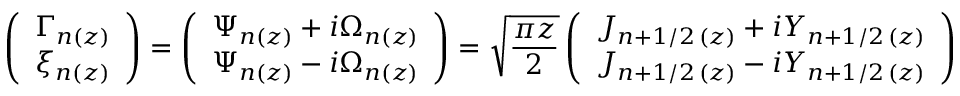
\left( \begin{array} { c c } { \Gamma _ { n ( z ) } } \\ { \xi _ { n ( z ) } } \end{array} \right) = \left( \begin{array} { c c } { \Psi _ { n ( z ) } + i \Omega _ { n ( z ) } } \\ { \Psi _ { n ( z ) } - i \Omega _ { n ( z ) } } \end{array} \right) = \sqrt { \frac { \pi z } { 2 } } \left( \begin{array} { c c } { J _ { n + 1 / 2 \, ( z ) } + i Y _ { n + 1 / 2 \, ( z ) } } \\ { J _ { n + 1 / 2 \, ( z ) } - i Y _ { n + 1 / 2 \, ( z ) } } \end{array} \right)